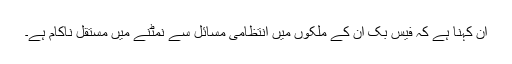
ان کہنا ہے کہ فیس بک ان کے ملکوں میں انتظامی مسائل سے نمٹنے میں مستقل ناکام ہے۔